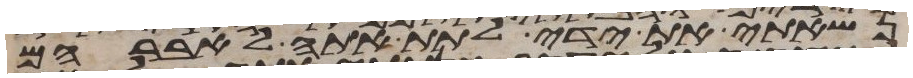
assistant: נשאתי את ידי לתת אתה לאברהם